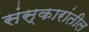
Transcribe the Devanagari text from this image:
संस्कारांतील